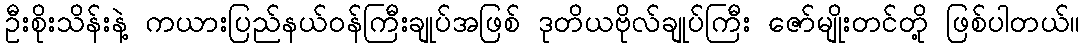
ဦးစိုးသိန်းနဲ့ ကယားပြည်နယ်ဝန်ကြီးချုပ်အဖြစ် ဒုတိယဗိုလ်ချုပ်ကြီး ဇော်မျိုးတင်တို့ ဖြစ်ပါတယ်။